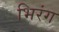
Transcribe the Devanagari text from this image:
भिरंग